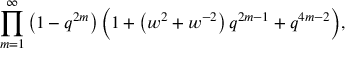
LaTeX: \prod _ { m = 1 } ^ { \infty } \left( 1 - q ^ { 2 m } \right) { \Big ( } 1 + \left( w ^ { 2 } + w ^ { - 2 } \right) q ^ { 2 m - 1 } + q ^ { 4 m - 2 } { \Big ) } ,